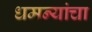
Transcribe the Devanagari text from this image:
धमन्यांचा